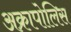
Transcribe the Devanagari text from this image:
अक्रापोलिस